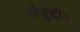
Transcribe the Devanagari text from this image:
मौजुद्दीन